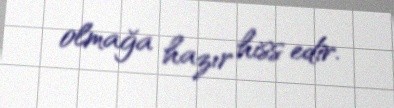
olmağa hazır hiss edir.